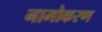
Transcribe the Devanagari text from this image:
नामोकरण